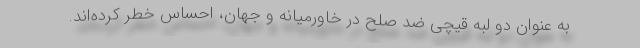
به عنوان دو لبه قیچی ضد صلح در خاورمیانه و جهان، احساس خطر کرده‌اند.